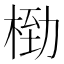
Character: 𬂿